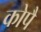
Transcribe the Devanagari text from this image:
कोपै